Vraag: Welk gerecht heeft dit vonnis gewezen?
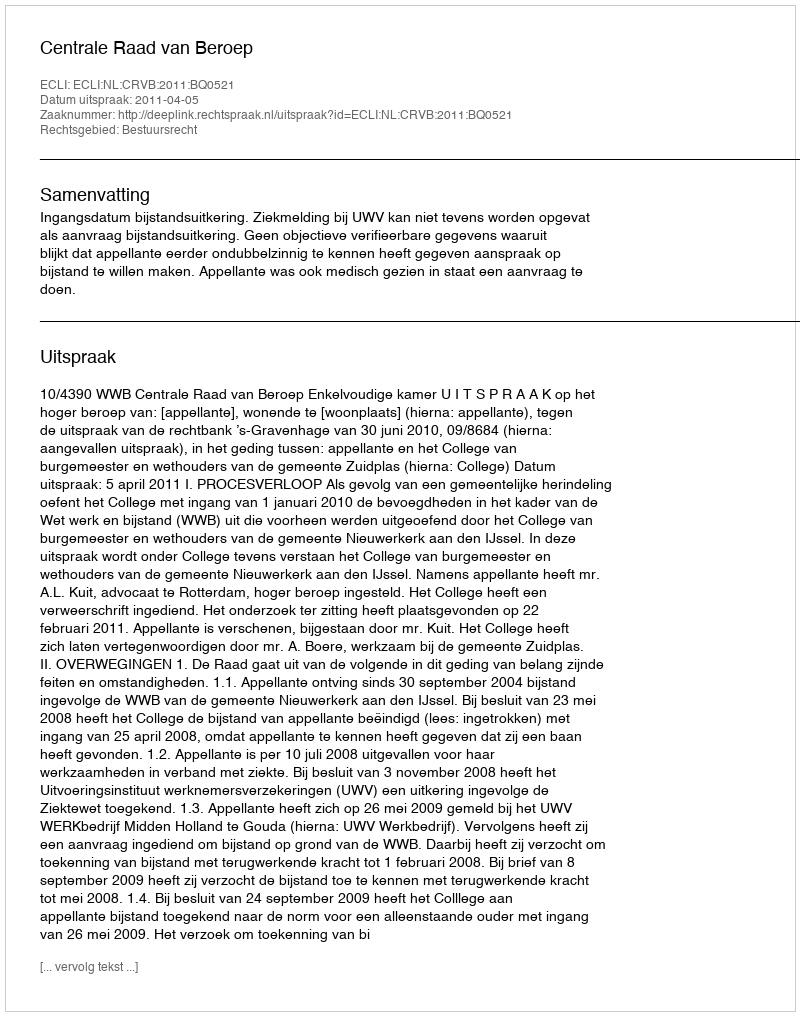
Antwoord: Centrale Raad van Beroep